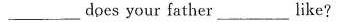
___ does your father ___ like?